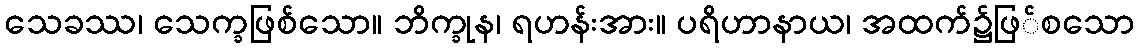
သေခဿ၊ သေက္ခဖြစ်သော။ ဘိက္ခုန၊ ရဟန်းအား။ ပရိဟာနာယ၊ အထက်၌ဖြ်စသော